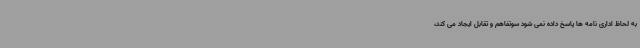
به لحاظ اداری نامه ها پاسخ داده نمی شود سوتفاهم و تقابل ایجاد می کند،